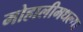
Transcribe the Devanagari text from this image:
मोहालीमधल्या